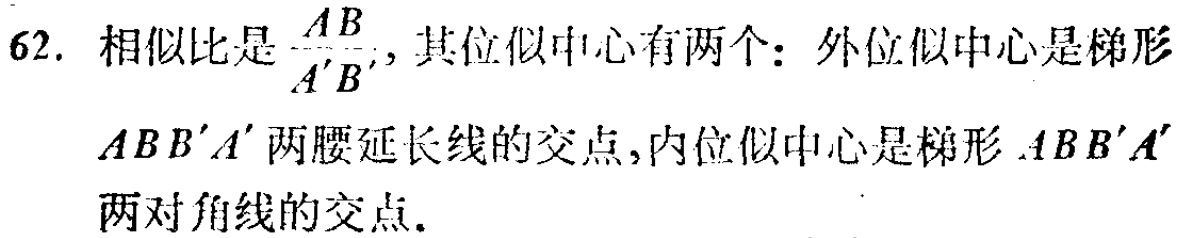
62. 相似比是$\frac{AB}{A'B'}$，其位似中心有两个：外位似中心是梯形$ABB'A'$两腰延长线的交点，内位似中心是梯形$ABB'A'$两对角线的交点.